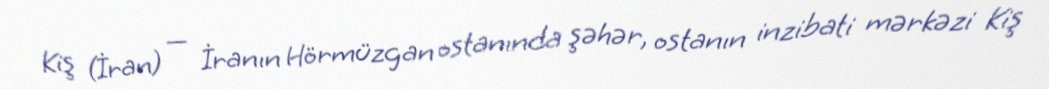
Kiş (İran) — İranın Hörmüzgan ostanında şəhər, ostanın inzibati mərkəzi Kiş